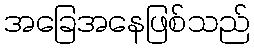
အခြေအနေဖြစ်သည်